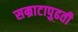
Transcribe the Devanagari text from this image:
सम्राटापुढती